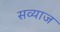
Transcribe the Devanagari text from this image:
सव्याज